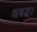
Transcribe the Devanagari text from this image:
अबद्ध।